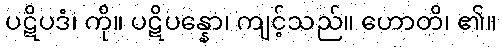
ပဋိပဒံ၊ ကို။ ပဋိပန္နော၊ ကျင့်သည်။ ဟောတိ၊ ၏။